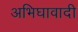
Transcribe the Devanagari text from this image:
अभिघावादी